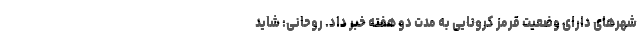
شهرهای دارای وضعیت قرمز کرونایی به مدت دو هفته خبر داد. روحانی: شاید